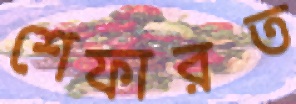
শেফারত